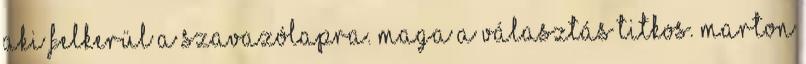
aki felkerül a szavazólapra. Maga a választás titkos. Marton